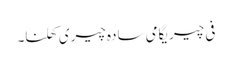
فی چیریگامی سادہ چیری کھلنا۔